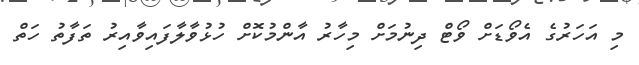
މި އަހަރުގެ އެވޯޑަށް ވޯޓް ދިނުމަށް މިހާރު އާންމުކޮށް ހުޅުވާލާފައިވާއިރު ތަފާތު ހަތް